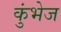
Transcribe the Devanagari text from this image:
कुंभेज